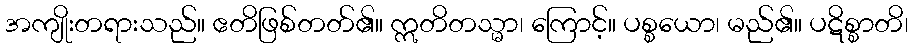
အကျိုးတရားသည်။ ဧတိဖြစ်တတ်၏။ ဣတိတသ္မာ၊ ကြောင့်။ ပစ္စယော၊ မည်၏။ ပဋိစ္စာတိ၊